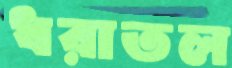
ধরাতল